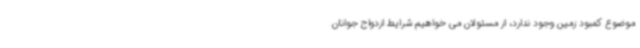
موضوع کمبود زمین وجود ندارد، از مسئولان می خواهیم شرایط ازدواج جوانان